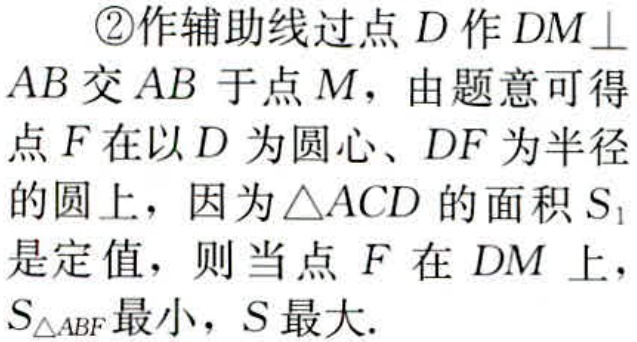
\textcircled{2}作辅助线过点\(D\)作\(DM\perp AB\)交\(AB\)于点\(M\)，由题意可得点\(F\)在以\(D\)为圆心、\(DF\)为半径的圆上，因为\(\triangle ACD\)的面积\(S_{1}\)是定值，则当点\(F\)在\(DM\)上，\(S_{\triangle ABF}\)最小，\(S\)最大.